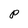
Character: P